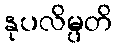
နုပလိမ္ပတိ